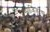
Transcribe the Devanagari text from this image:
उप्पाजिजत्वा